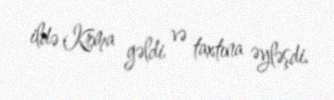
ildə Krma gəldi və taxtına əyləşdi.